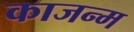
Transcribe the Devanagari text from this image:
काजन्‍म